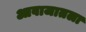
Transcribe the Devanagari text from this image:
आवाजातला